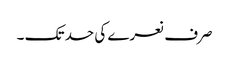
صرف نعرے کی حد تک ۔